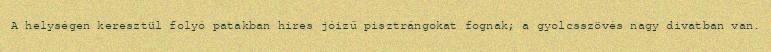
A helységen keresztül folyó patakban hires jóizű pisztrángokat fognak; a gyolcsszövés nagy divatban van.